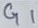
Text: G1